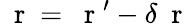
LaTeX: \mathrm{~\mathbf~r~}=\mathrm{~\mathbf~r~}^{\prime}-\delta\mathrm{~\mathbf~r~}